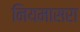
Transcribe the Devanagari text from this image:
नियमासरा